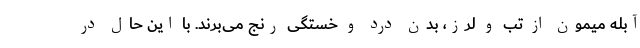
آبله میمون از تب و لرز، بدن درد و خستگی رنج می‌برند. با این حال در